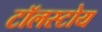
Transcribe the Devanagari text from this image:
टॉलस्टोय